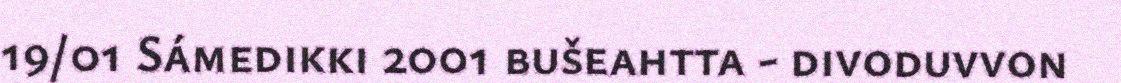
19/01 Sámedikki 2001 bušeahtta - divoduvvon